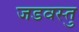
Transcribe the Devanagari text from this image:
जडवस्तु